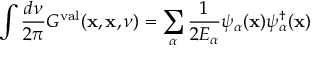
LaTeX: \int \frac { d \nu } { 2 \pi } { \cal G } ^ { \mathrm { v a l } } ( { \bf x } , { \bf x } , \nu ) = \sum _ { \alpha } \frac { 1 } { 2 E _ { \alpha } } \psi _ { \alpha } ( { \bf x } ) \psi _ { \alpha } ^ { \dagger } ( { \bf x } )